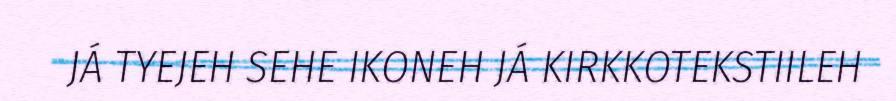
JÁ TYEJEH SEHE IKONEH JÁ KIRKKOTEKSTIILEH